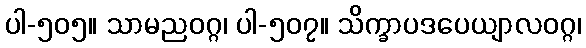
ပါ-၅၀၅။ သာမညဝဂ္ဂ၊ ပါ-၅၀၇။ သိက္ခာပဒပေယျာလဝဂ္ဂ၊